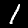
Digit: 1